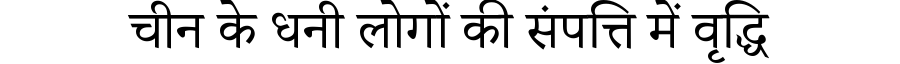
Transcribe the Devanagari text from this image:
चीन के धनी लोगों की संपत्ति में वृद्धि